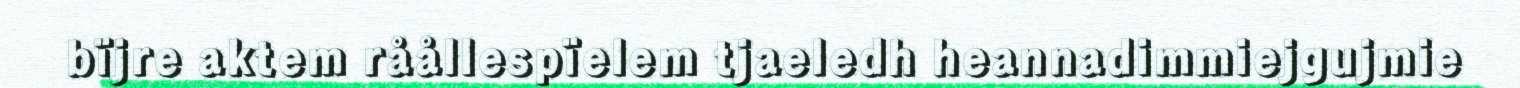
bïjre aktem råållespïelem tjaeledh heannadimmiejgujmie